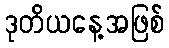
ဒုတိယနေ့အဖြစ်